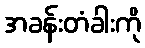
အခန်းတံခါးကို